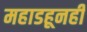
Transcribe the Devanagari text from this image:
महाडहूनही